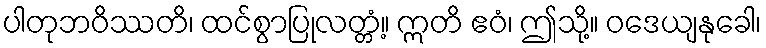
ပါတုဘဝိဿတိ၊ ထင်စွာပြုလတ္တံ့။ ဣတိ ဧဝံ၊ ဤသို့။ ဝဒေယျနုခေါ၊